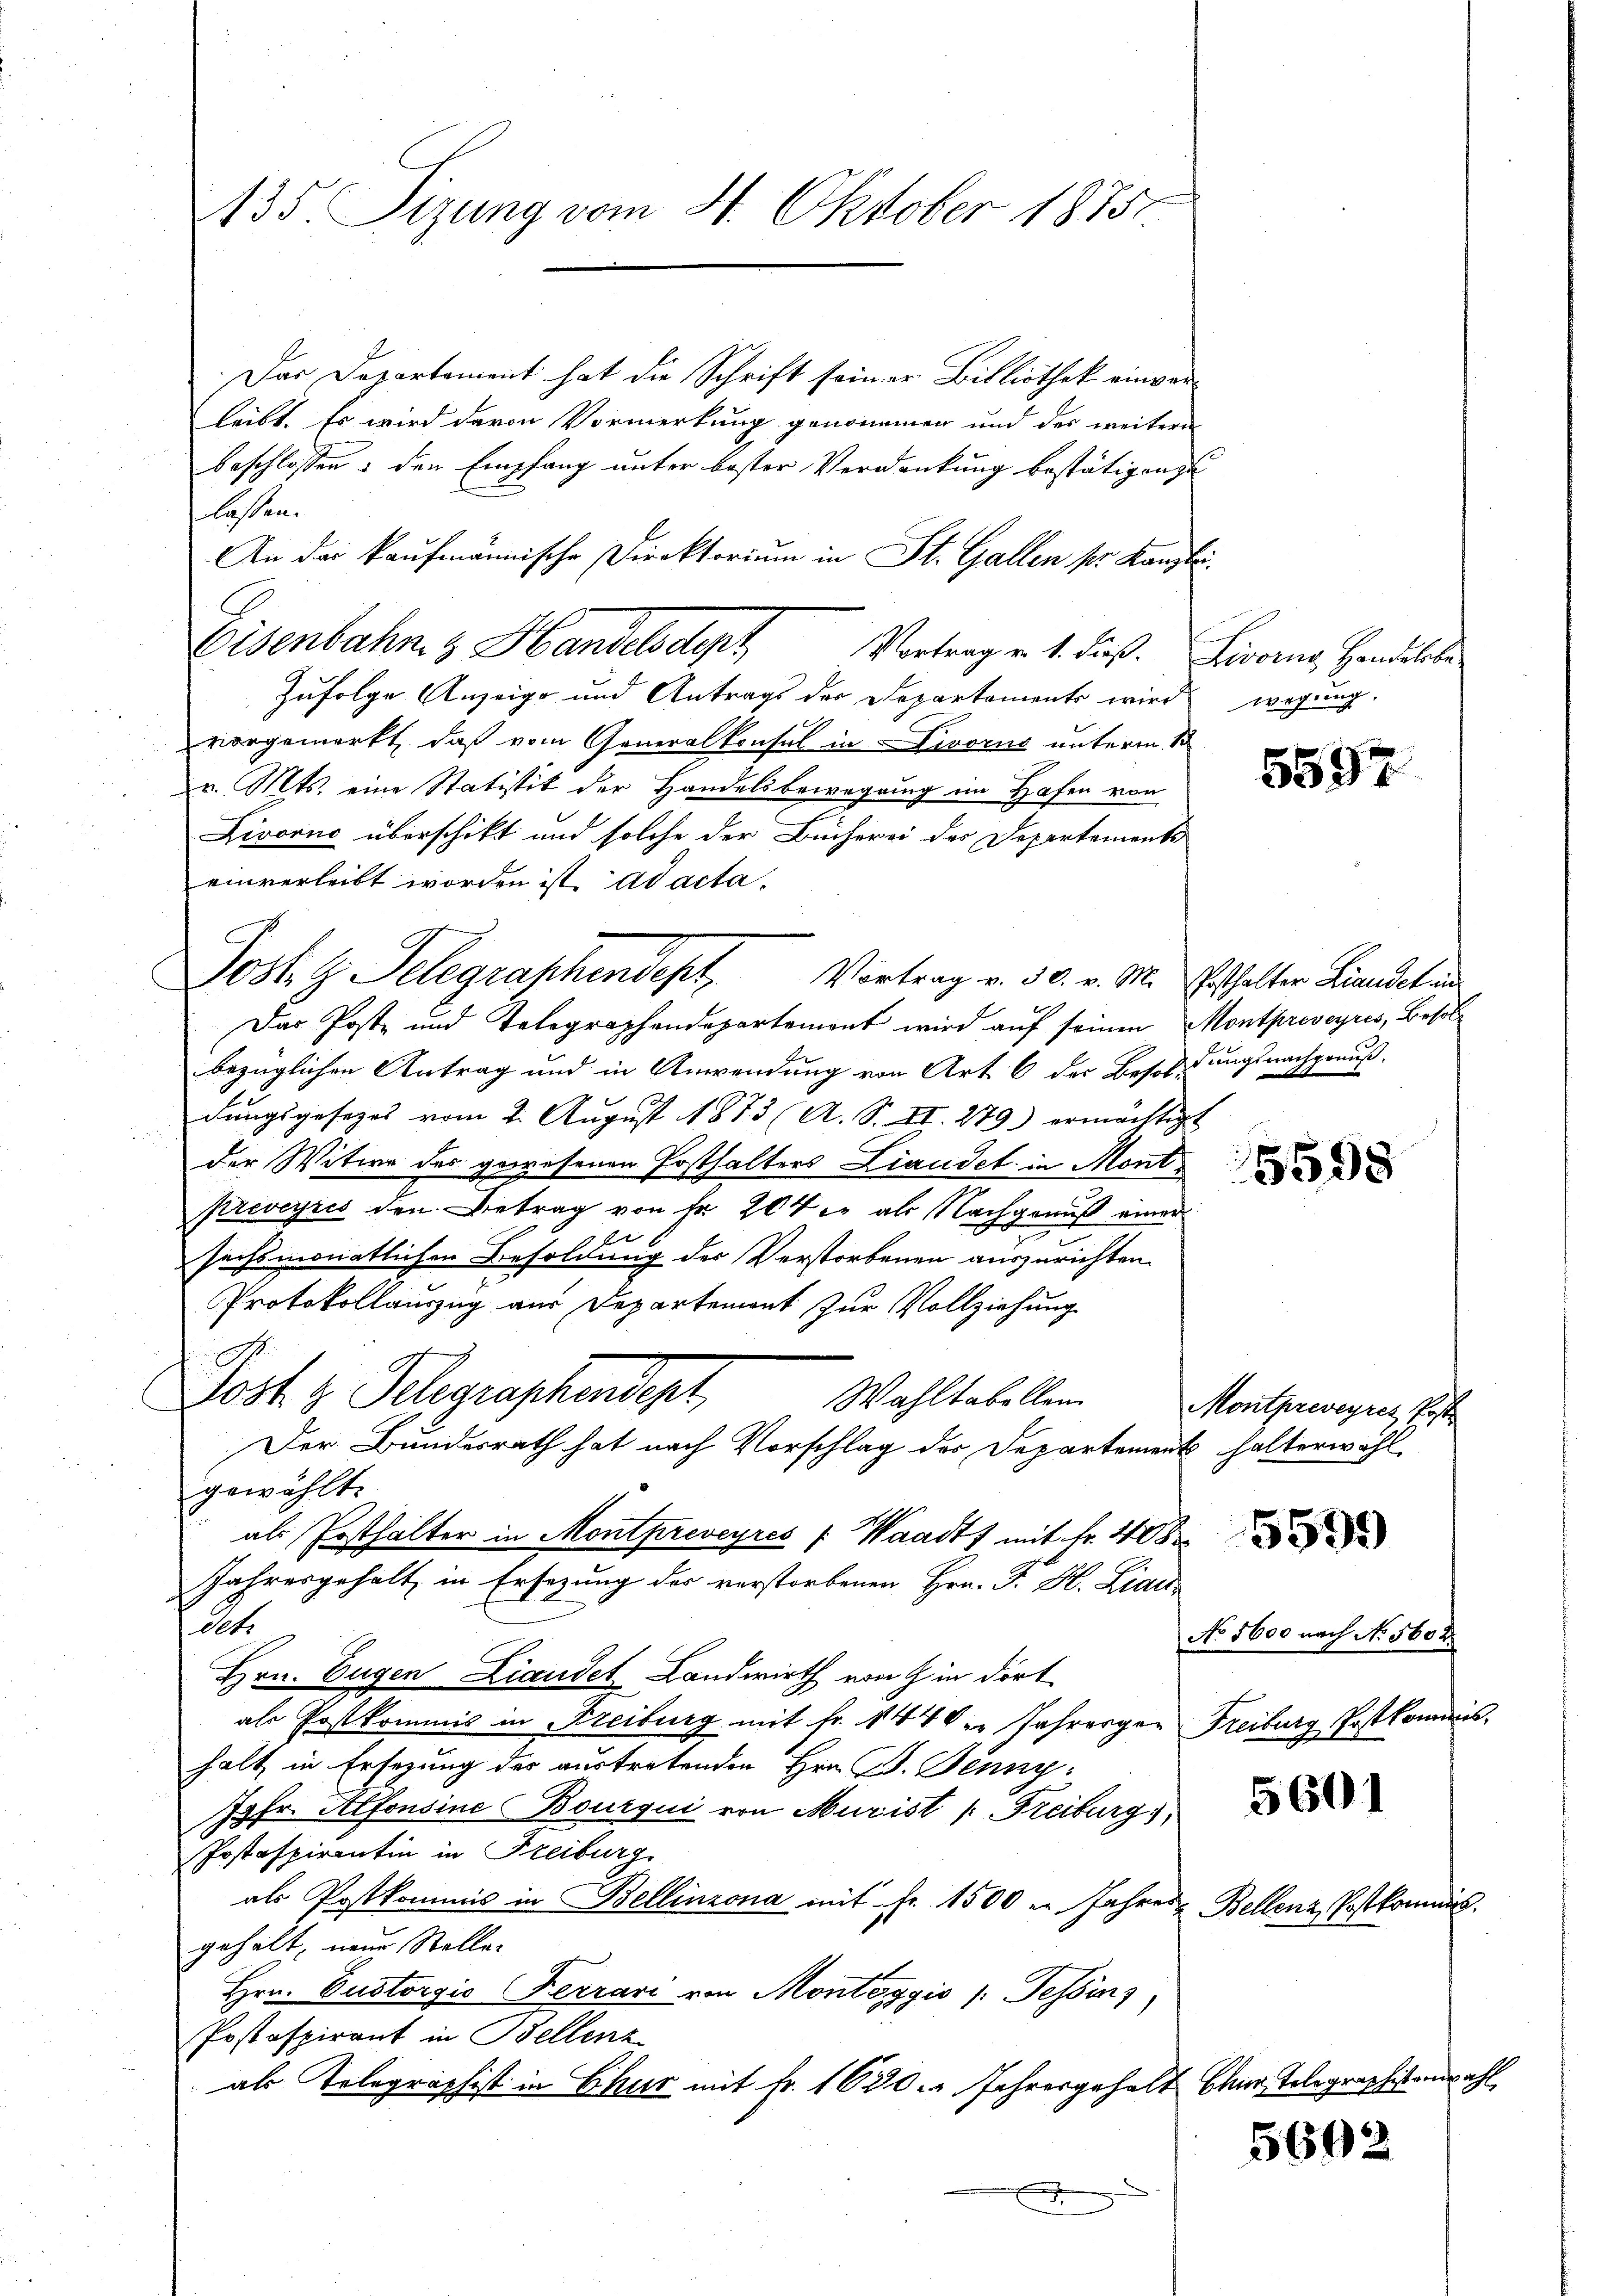
135. Sizung vom 4. Oktober 1875.

Das Departement hat die Schrift seiner Bibliothek einverleibt. Es wird davon Vormerkung genommen und der weitere
beschlossen: den Empfang unter bester Verdankung bestätigen u
lassen.
An das kaufmännische Direktorium in St. Gallen sr. Kanzlei-
Eisenbahn & Handelsdept Vortrag v. 1. Fuß. Livorne, Handel be¬
Zufolge Anzeige und Antrags der Departements wird
vorgemerkt, daß vom Generalkonsul in Livorne unterm 13
v. Mts. eine Statistik der Handelsbewegung im Hafen von
Livorne überschikt und solche der Bücherei der Departements
einverleibt worden ist ad acta.
Das Post- und Telegraphendepartement wird auf seinen Montpreveyres, Besolbezüglichen Antrag und in Anwendung von Art. 6 der Besoldungsnachgenuß.
dŭngsgesezes vom 2. Aŭgŭst 1873 (A. S. II. 279) ermächtigt
der Witwe des gewesenen Posthalters Landet in Mont
preveyris den Betrag von Fr. 204 c. als Nachgenuß einer
sechsmonatlichen Besoldung des Verstorbenen auszurichten.
Protokollauszug aus Departement zur Vollziehung
A
Jost z. Telegraphendept,
Wahltabellen
Der Bundesrath hat nach Vorschlag der Departement halterwähl
gewählte
als Posthalter in Montpreveyres : Waadt mit Fr. 408
Jahresgehalt in Ersezung des verstorbenen Hrn. F. H. Liais-
dets
Hrn. Eugen Liandet Landwirth von in dort
als Postkommis in Freiburg mit Fr. 144 der Jahrengen Freiburg Postkommishalt in Ersezung der austretenden Hrn. Jenny
Jgfr. Alfonsine Bourqui von Murist (Freiburgs
Postaspirantin in Freiburg
als Postkommis in Bellinzona mit Fr. 1500 in Jahres Bellenz, Postkom
gehalt, neue Stelle.
Hrn. Custorgio Ferrari von Montaggio /: Tessins
Postaspirant in Bellenz
als Telegraphist in Chur mit Fr. 1630. Jahresgehalt baar Telegraphistenzahl

Jost z. Telegraphendept Vortrag v. 30. v. M. Ersthalter Landet in

wegung.

5597

5598

Montpreveyres, Poste

No 5600 nach No 5602.

5601

5662